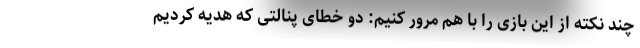
چند نکته از این بازی را با هم مرور کنیم: دو خطای پنالتی که هدیه کردیم